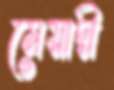
মেয়াদী